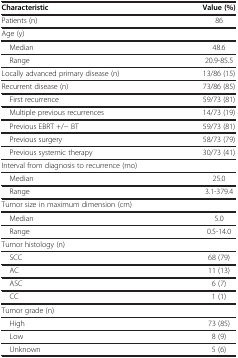
| Characteristic | Value (%) |
 | --- | --- |
 | Patients (n) | 86 |
 | Age (y) |  |
 | Median | 48.6 |
 | Range | 20.9-85.5 |
 | Locally advanced primary disease (n) | 13/86 (15) |
 | Recurrent disease (n) | 73/86 (85) |
 | First recurrence | 59/73 (81) |
 | Multiple previous recurrences | 14/73 (19) |
 | Previous EBRT +/− BT | 59/73 (81) |
 | Previous surgery | 58/73 (79) |
 | Previous systemic therapy | 30/73 (41) |
 | Interval from diagnosis to recurrence (mo) |  |
 | Median | 25.0 |
 | Range | 3.1-379.4 |
 | Tumor size in maximum dimension (cm) |  |
 | Median | 5.0 |
 | Range | 0.5-14.0 |
 | Tumor histology (n) |  |
 | SCC | 68 (79) |
 | AC | 11 (13) |
 | ASC | 6 (7) |
 | CC | 1 (1) |
 | Tumor grade (n) |  |
 | High | 73 (85) |
 | Low | 8 (9) |
 | Unknown | 5 (6) |